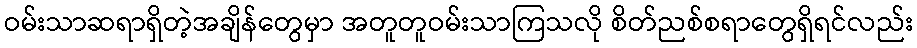
ဝမ်းသာဆရာရှိတဲ့အချိန်တွေမှာ အတူတူဝမ်းသာကြသလို စိတ်ညစ်စရာတွေရှိရင်လည်း